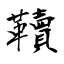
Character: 韇